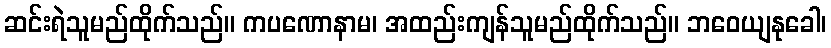
ဆင်းရဲသူမည်ထိုက်သည်။ ကပဏောနာမ၊ အထည်းကျန်သူမည်ထိုက်သည်။ ဘဝေယျနုခေါ၊